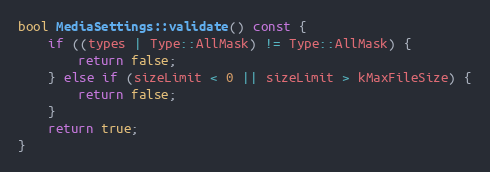
Language: C++
bool MediaSettings::validate() const {
	if ((types | Type::AllMask) != Type::AllMask) {
		return false;
	} else if (sizeLimit < 0 || sizeLimit > kMaxFileSize) {
		return false;
	}
	return true;
}